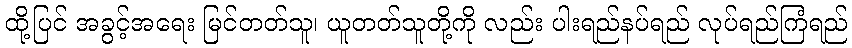
ထို့ပြင် အခွင့်အရေး မြင်တတ်သူ၊ ယူတတ်သူတို့ကို လည်း ပါးရည်နပ်ရည် လုပ်ရည်ကြံရည်